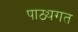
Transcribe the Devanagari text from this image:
पाठ्यगत